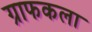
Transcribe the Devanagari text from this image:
ग्राफकला